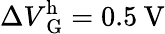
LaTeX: \Delta V\mathrm{_G^{h}}=0.5\: \mathrm{V}